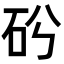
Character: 𥐤